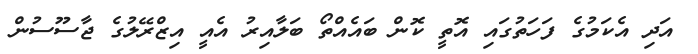
އަދި އެކަމުގެ ފަހަތުގައި އޮތީ ކޮން ބައެއްތޯ ބަލާއިރު އެއީ އިޒްރޭލުގެ ޖާސޫސުން